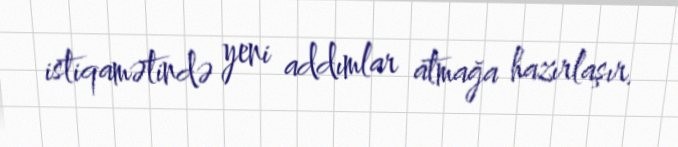
istiqamətində yeni addımlar atmağa hazırlaşır.